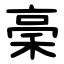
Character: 稁